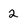
Character: 2